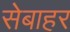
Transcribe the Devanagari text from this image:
सेबाहर